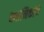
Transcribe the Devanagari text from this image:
स्थानिकांचे